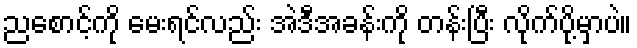
ညစောင့်ကို မေးရင်လည်း အဲဒီအခန်းကို တန်းပြီး လိုက်ပို့မှာပဲ။